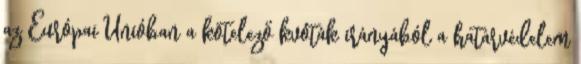
az Európai Unióban a kötelező kvóták irányából a határvédelem